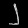
Digit: ၂